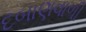
દબાણવાળી